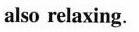
also relaxing.